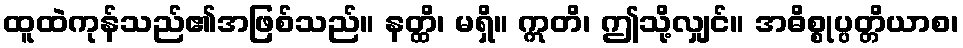
ထူထဲကုန်သည်၏အဖြစ်သည်။ နတ္ထိ၊ မရှိ။ ဣတိ၊ ဤသို့လျှင်။ အဓိစ္စုပ္ပတ္တိယာစ၊